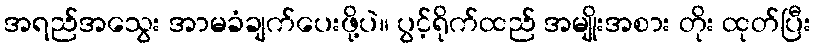
အရည်အသွေး အာမခံချက်ပေးဖို့ပဲ။ ပွင့်ရိုက်ထည် အမျိုးအစား တိုး ထုတ်ပြီး